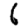
Digit: 6